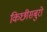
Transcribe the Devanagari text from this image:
किछीसबुरो